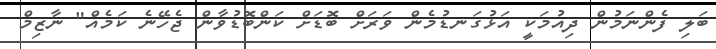
ބަލި ފެންނަމުން ދިއުމަކީ އަޅުގަނޑުމެން ވަރަށް ބޮޑަށް ކަންބޮޑުވާން ޖެހޭނެ ކަމެއް" ނާޒިމް